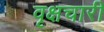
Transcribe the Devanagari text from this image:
वृक्षचारी